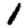
Digit: 1